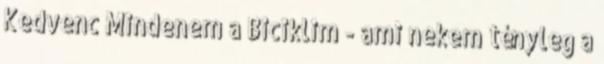
Kedvenc Mindenem a Biciklim - ami nekem tényleg a